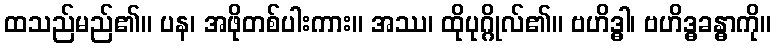
ထသည်မည်၏။ ပန၊ အဖိုတစ်ပါးကား။ အဿ၊ ထိုပုဂ္ဂိုလ်၏။ ဗဟိဒ္ဓါ၊ ဗဟိဒ္ဓခန္ဓာကို။